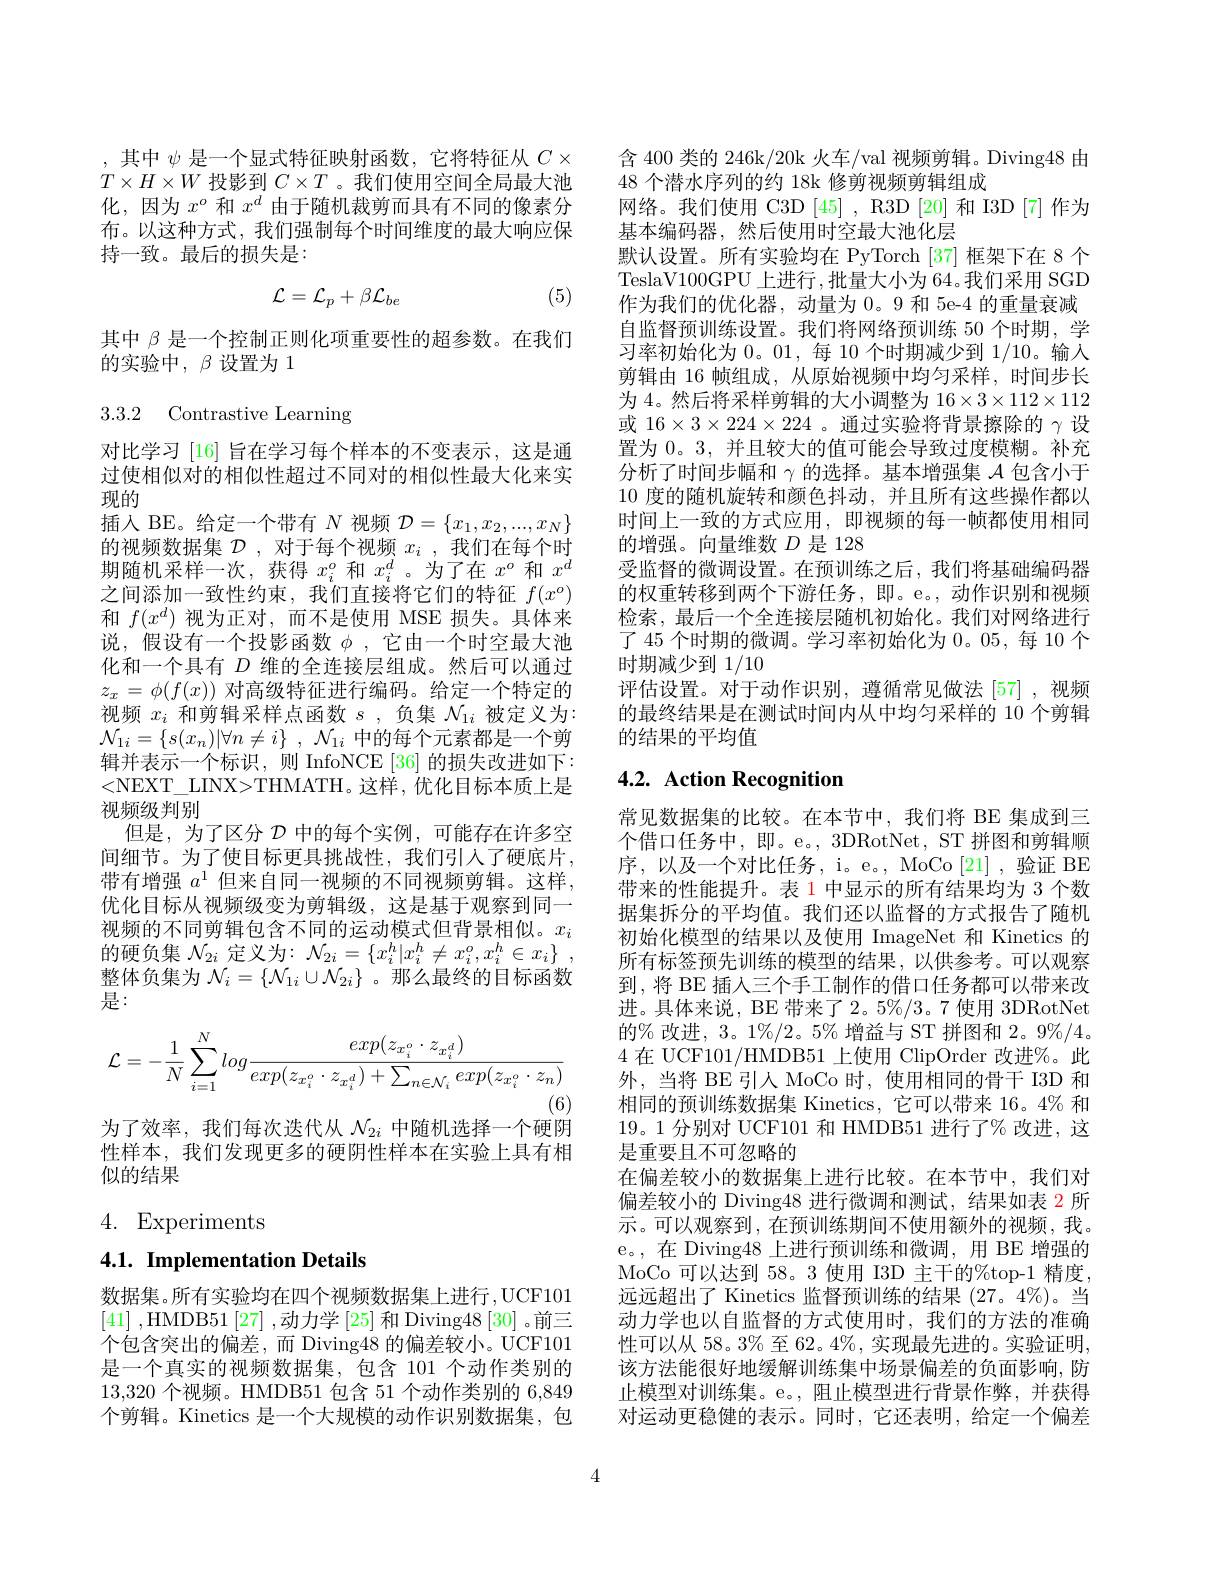
,其中$\psi$是一个显式特征映射函数，它将特征从$C\times$ $T\times H\times W$投影到$C\times T$ 。我们使用空间全局最大池化，因为$x^o$和$x^d$由于随机裁剪而具有不同的像素分布。以这种方式，我们强制每个时间维度的最大响应保持一致。最后的损失是：
$$\mathcal{L}=\mathcal{L}_{p}+\beta\mathcal{L}_{be}$$
(5)

其中$\beta$是一个控制正则化项重要性的超参数。在我们
的实验中，$\beta$设置为 1

3.3.2 Contrastive Learning

对比学习 [16] 旨在学习每个样本的不变表示，这是通过使相似对的相似性超过不同对的相似性最大化来实现的
插入 BE。给定一个带有$N$视频$\mathcal{D}=\{x_1,x_2,...,x_N\}$ 的视频数据集$\mathcal{D}$,对于每个视频$x_i$,我们在每个时期随机采样一次，获得$x_i^o$和$x_i^d$ 。为了在$x^o$和$x^d$ 之间添加一致性约束，我们直接将它们的特征$f(x^o)$ 和$f(x^d)$视为正对，而不是使用 MSE 损失。具体来说，假设有一个投影函数$\phi$ ,它由一个时空最大池化和一个具有$D$维的全连接层组成。然后可以通过$z_x=\phi(f(x))$对高级特征进行编码。给定一个特定的视频$x_i$和剪辑采样点函数$s$,负集$\mathcal{N}_1i$被定义为： $\mathcal{N} _{1i}= \{ s( x_n) | \forall n\neq i\}$ , $\mathcal{N} _{1i}$中的每个元素都是一个剪辑并表示一个标识，则 InfoNCE [36] 的损失改进如下： <NEXT\_LINX>THMATH。这样，优化目标本质上是视频级判别
但是，为了区分$\mathcal{D}$中的每个实例，可能存在许多空间细节。为了使目标更具挑战性，我们引入了硬底片， 带有增强$a^1$但来自同一视频的不同视频剪辑。这样， 优化目标从视频级变为剪辑级，这是基于观察到同一视频的不同剪辑包含不同的运动模式但背景相似。$x_i$ 的硬负集$\mathcal{N}_2i$定义为：$\mathcal{N} _2i= \{ x_i^h| x_i^h\neq x_i^o, x_i^h\in x_i\}$ , 整体负集为$\mathcal{N}_i=\{\mathcal{N}_{1i}\cup\mathcal{N}_{2i}\}$ 。那么最终的目标函数是：
$$\mathcal{L}=-\frac{1}{N}\sum_{i=1}^{N}log\frac{exp(z_{x_{i}^{o}}\cdot z_{x_{i}^{d}})}{exp(z_{x_{i}^{o}}\cdot z_{x_{i}^{d}})+\sum_{n\in\mathcal{N}_{i}}exp(z_{x_{i}^{o}}\cdot z_{n})}$$
(6)
为了效率，我们每次迭代从$\mathcal{N}_{2i}$中随机选择一个硬阴性样本，我们发现更多的硬阴性样本在实验上具有相似的结果

4. Experiments

4.1. Implementation Details

数据集。所有实验均在四个视频数据集上进行，UCF101 [41] ,HMDB51 [27] ,动力学 [25] 和 Diving48 [30] 。前三个包含突出的偏差，而 Diving48 的偏差较小。UCF101是一个真实的视频数据集，包含 101 个动作类别的13,320个视频。HMDB51 包含 51 个动作类别的 6,849个剪辑。Kinetics 是一个大规模的动作识别数据集，包

含 400 类的 246k/20k 火车/val 视频剪辑。Diving48 由
48 个潜水序列的约 18k 修剪视频剪辑组成
网络。我们使用 C3D [45] , R3D [20] 和 I3D [7] 作为
基本编码器，然后使用时空最大池化层
默认设置。所有实验均在 PyTorch [37] 框架下在 8 个TeslaV100GPU 上进行 ,批量大小为 64。我们采用 SGD 作为我们的优化器，动量为 0。9 和 5e-4 的重量衰减自监督预训练设置。我们将网络预训练 50 个时期，学习率初始化为0。01,每 10 个时期减少到1/10。输入剪辑由 16 帧组成，从原始视频中均匀采样，时间步长为 4。然后将采样剪辑的大小调整为 16$\times3\times112\times112$ 或$16\times3\times224\times224$ 。通过实验将背景擦除的$\gamma$设置为 0。3, 并且较大的值可能会导致过度模糊。补充分析了时间步幅和$\gamma$的选择。基本增强集$\mathcal{A}$包含小于10度的随机旋转和颜色抖动，并且所有这些操作都以时间上一致的方式应用，即视频的每一帧都使用相同的增强。向量维数$D$是 128
受监督的微调设置。在预训练之后，我们将基础编码器的权重转移到两个下游任务，即。e。, 动作识别和视频检索，最后一个全连接层随机初始化。我们对网络进行了 45 个时期的微调。学习率初始化为 0。05, 每 10 个时期减少到1/10
评估设置。对于动作识别，遵循常见做法[57],视频的最终结果是在测试时间内从中均匀采样的 10 个剪辑的结果的平均值

## 4.2. Action Recognition

常见数据集的比较。在本节中，我们将 BE 集成到三个借口任务中，即。e。, 3DRotNet, ST 拼图和剪辑顺序，以及一个对比任务，i。e。, MoCo[21] ,验证 BE 带来的性能提升。表 1 中显示的所有结果均为 3 个数据集拆分的平均值。我们还以监督的方式报告了随机初始化模型的结果以及使用 ImageNet 和 Kinetics 的所有标签预先训练的模型的结果，以供参考。可以观察到，将 BE 插人三个手工制作的借口任务都可以带来改进。具体来说，BE 带来了 2。5%/3。7 使用 3DRotNet 的% 改进，3。1%/2。5% 增益与 ST 拼图和 2。9%/4。4 在 UCF101/HMDB51 上使用 ClipOrder 改进%。此外，当将 BE 引人 MoCo 时，使用相同的骨干 I3D 和相同的预训练数据集 Kinetics, 它可以带来 16。4% 和19。1 分别对 UCF101 和 HMDB51 进行了% 改进，这是重要且不可忽略的
在偏差较小的数据集上进行比较。在本节中，我们对偏差较小的 Diving48 进行微调和测试，结果如表 2 所示。可以观察到，在预训练期间不使用额外的视频，我。e。,在 Diving48 上进行预训练和微调，用 BE 增强的MoCo 可以达到 58。3 使用 I3D 主干的%top-1 精度， 远远超出了 Kinetics 监督预训练的结果 (27。4%)。当动力学也以自监督的方式使用时，我们的方法的准确性可以从 58。3% 至 62。4%, 实现最先进的。实验证明， 该方法能很好地缓解训练集中场景偏差的负面影响，防止模型对训练集。e。, 阻止模型进行背景作弊，并获得对运动更稳健的表示。同时，它还表明，给定一个偏差

4